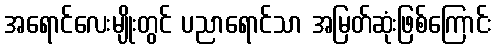
အရောင်လေးမျိုးတွင် ပညာရောင်သာ အမြတ်ဆုံးဖြစ်ကြောင်း